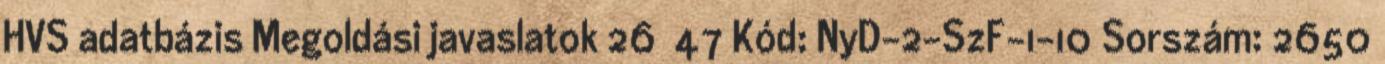
HVS adatbázis Megoldási javaslatok 26 47 Kód: NyD-2-SzF-1-10 Sorszám: 2650